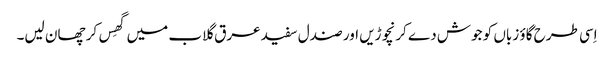
اِسی طرح گاؤ زباں کو جوش دے کر نچوڑیں اور صندل سفید عرق گلاب میں گھِس کر چھان لیں۔